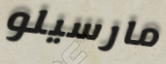
مارسيلو